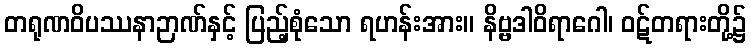
တရုဏဝိပဿနာဉာဏ်နှင့် ပြည့်စုံသော ရဟန်းအား။ နိဗ္ဗဒါဝိရာဂေါ၊ ဝဋ်တရားတို့၌